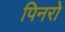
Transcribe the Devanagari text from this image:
पिनरो